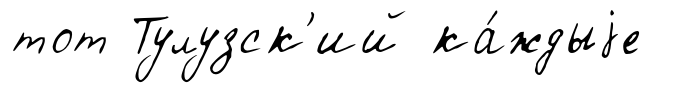
тот Тулузск'ий ка́ждыjе